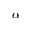
\alpha